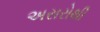
અસરોથી